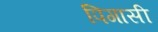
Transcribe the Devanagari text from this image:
पिगासी